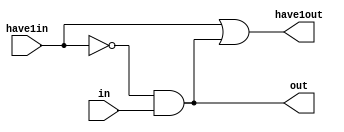
module OnePosElement(have1in,in,have1out,out);
	input have1in,in;
	output have1out,out;
	wire hn;

not(hn,have1in);
and(outa,hn,in);
or(have1out,have1in,outa);
assign out = outa;

endmodule